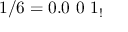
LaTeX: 1 / 6 = 0 . 0 \ 0 \ 1 _ { ! }